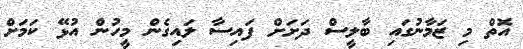
އޮތް މި ޒަމާނުގައި ބާލީސް ދަށަށް ފައިސާ ލައިގެން މީހުން އުޅޭ ކަމަށް